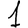
Digit: 1